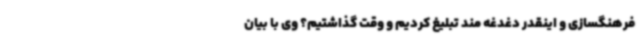
فرهنگسازی و اینقدر دغدغه مند تبلیغ کردیم و وقت گذاشتیم؟ وی با بیان